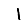
Digit: 1